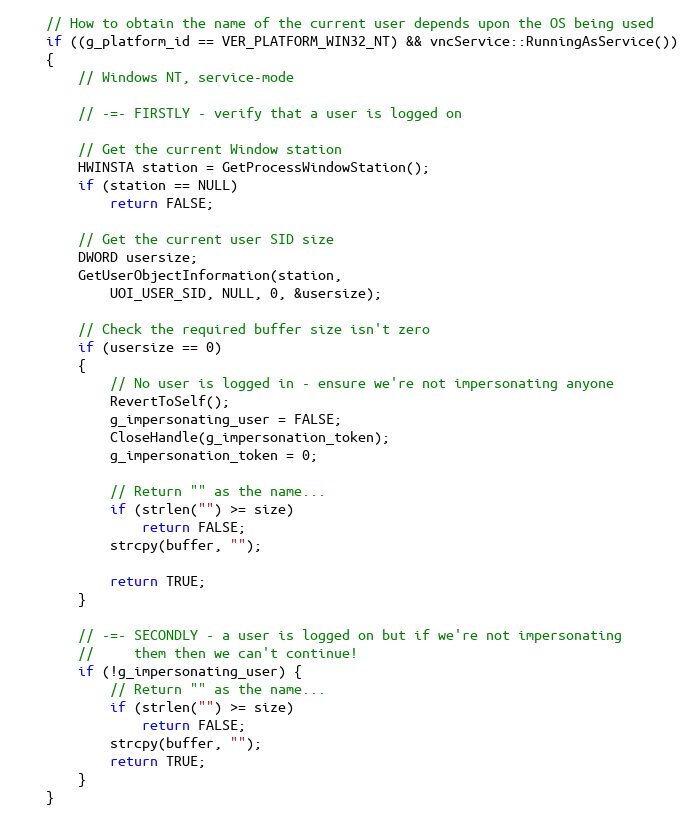
Language: C++
	// How to obtain the name of the current user depends upon the OS being used
	if ((g_platform_id == VER_PLATFORM_WIN32_NT) && vncService::RunningAsService())
	{
		// Windows NT, service-mode

		// -=- FIRSTLY - verify that a user is logged on

		// Get the current Window station
		HWINSTA station = GetProcessWindowStation();
		if (station == NULL)
			return FALSE;

		// Get the current user SID size
		DWORD usersize;
		GetUserObjectInformation(station,
			UOI_USER_SID, NULL, 0, &usersize);

		// Check the required buffer size isn't zero
		if (usersize == 0)
		{
			// No user is logged in - ensure we're not impersonating anyone
			RevertToSelf();
			g_impersonating_user = FALSE;
			CloseHandle(g_impersonation_token);
			g_impersonation_token = 0;

			// Return "" as the name...
			if (strlen("") >= size)
				return FALSE;
			strcpy(buffer, "");

			return TRUE;
		}

		// -=- SECONDLY - a user is logged on but if we're not impersonating
		//     them then we can't continue!
		if (!g_impersonating_user) {
			// Return "" as the name...
			if (strlen("") >= size)
				return FALSE;
			strcpy(buffer, "");
			return TRUE;
		}
	}